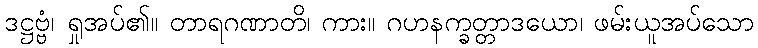
ဒဋ္ဌဗ္ဗံ၊ ရှုအပ်၏။ တာရဂဏာတိ၊ ကား။ ဂဟနက္ခတ္တာဒယော၊ ဖမ်းယူအပ်သော